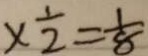
\times \frac { 1 } { 2 } = \frac { 1 } { 8 }